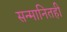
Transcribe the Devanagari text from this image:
सन्मानितही